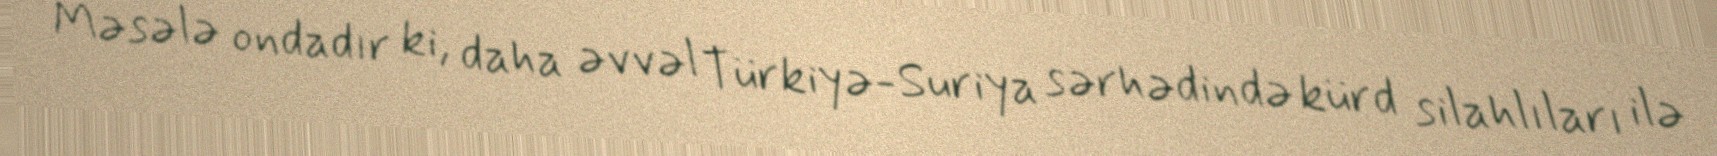
Məsələ ondadır ki, daha əvvəl Türkiyə-Suriya sərhədində kürd silahlıları ilə